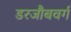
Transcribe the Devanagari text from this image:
डरजौबवर्ग